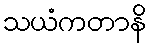
သယံကတာနိ